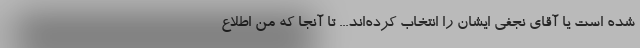
شده است یا آقای نجفی ایشان را انتخاب کرده‌اند... تا آنجا که من اطلاع